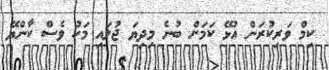
ކިމް ވަރިކުރަން އުޅޭ ކަމަށް ބުނެ މިދިޔަ ޖުލައި މަހު ވެސް ކާންޔޭ